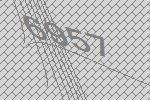
6957